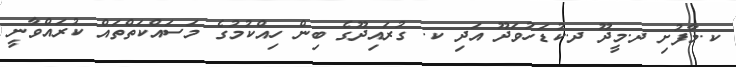
ކ.މާފުށި ދ.މީދޫ ދ.ކުޑަހުވަދޫ އަދި ކ. ގުރައިދޫގެ ބިން ހިއްކުމުގެ މަސައްކަތްތައް ކުރައްވާނީ